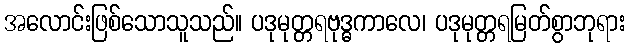
အလောင်းဖြစ်သောသူသည်။ ပဒုမုတ္တရဗုဒ္ဓကာလေ၊ ပဒုမုတ္တရမြတ်စွာဘုရား